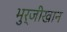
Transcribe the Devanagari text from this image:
भुर्जीखान